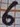
Text: 6